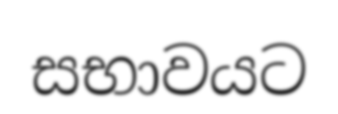
සභාවයට